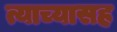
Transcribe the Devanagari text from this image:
त्याच्यासह